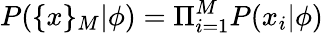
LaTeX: P(\{ x\} _{M}|\phi)=\Pi_{i=1}^{M}P(x_{i}|\phi)